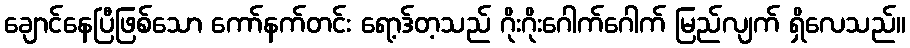
ချောင်နေပြီဖြစ်သော ကော်နက်တင်း ရော့ဒ်တ့သည် ဂိုးဂိုးဂေါက်ဂေါက် မြည်လျက် ရှိလေသည်။